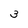
Character: 3